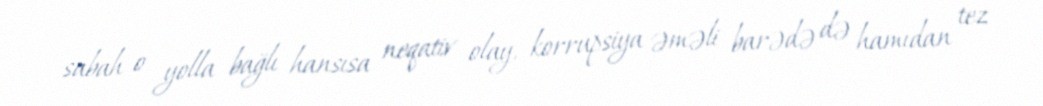
sabah o yolla bağlı hansısa neqativ olay, korrupsiya əməli barədə də hamıdan tez